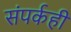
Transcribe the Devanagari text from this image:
संपर्कही